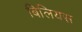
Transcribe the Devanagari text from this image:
बिलियस